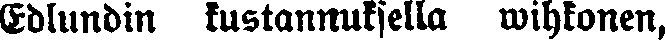
Edlundin kustannuksella wihkonen,